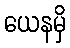
ယေနမှိ